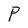
Character: P